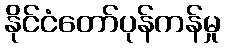
နိုင်ငံတော်ပုန်ကန်မှု